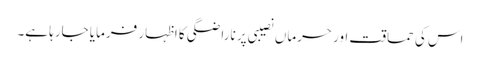
اس کی حماقت اور حرماں نصیبی پر ناراضگی کا اظہار فرمایا جارہا ہے۔